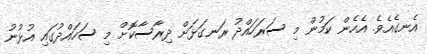
އެނގެއެވެ. އެހެން ކަމުން މި ސަރަހައްދު ރަނގަޅަށް ދިރާސާކޮށް މި ސަހައްދުގައި އުޅުނު